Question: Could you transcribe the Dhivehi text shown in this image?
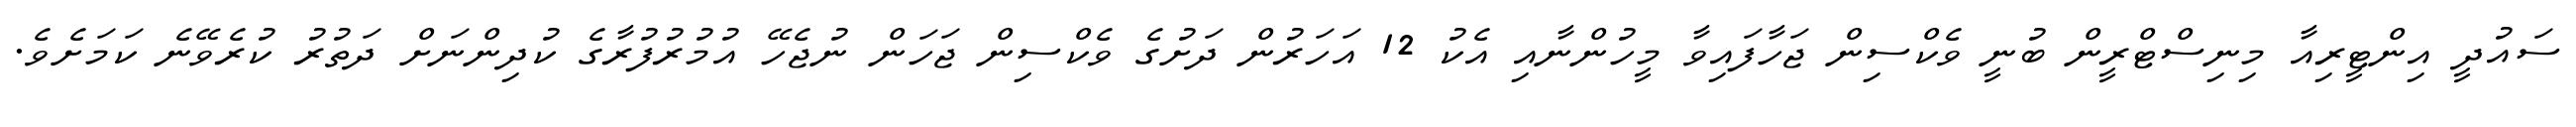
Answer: ސައުދީ އިންޓީރިއާ މިނިސްޓްރީން ބުނީ ވެކްސިން ޖަހާފައިވާ މީހުންނާއި އެކު 12 އަހަރުން ދަށުގެ ވެކްސިން ޖަހަން ނުޖެހޭ އުމުރުފުރާގެ ކުދިންނަށް ދަތުރު ކުރެވޭނެ ކަމަށެވެ.